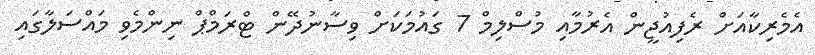
އެމެރިކާއަށް ރެފިއުޖީން އެރުމާއި މުސްލިމް 7 ގައުމަކަށް ވިސާނުދޭން ޓްރަމްޕް ނިންމެވި މައްސަލާގައި